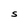
Character: S